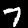
Digit: 7